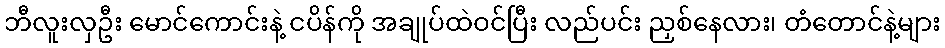
ဘီလူးလှဦး မောင်ကောင်းနဲ့ ငပိန်ကို အချုပ်ထဲဝင်ပြီး လည်ပင်း ညှစ်နေလား၊ တံတောင်နဲ့များ